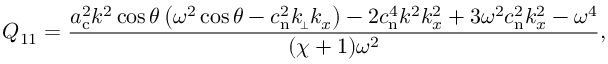
Q _ { 1 1 } = \frac { a _ { \mathrm { c } } ^ { 2 } k ^ { 2 } \cos \theta \left( \omega ^ { 2 } \cos \theta - c _ { \mathrm { n } } ^ { 2 } k _ { \scriptscriptstyle \! \perp } k _ { x } \right) - 2 c _ { \mathrm { n } } ^ { 4 } k ^ { 2 } k _ { x } ^ { 2 } + 3 \omega ^ { 2 } c _ { \mathrm { n } } ^ { 2 } k _ { x } ^ { 2 } - \omega ^ { 4 } } { ( \chi + 1 ) \omega ^ { 2 } } ,